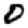
Digit: 0